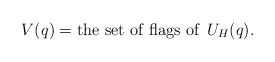
\begin{align*}V(q) = \mbox{the set of flags of}\ \,U_{H}(q).\end{align*}